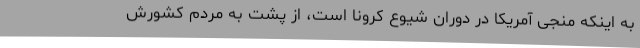
به اینکه منجی آمریکا در دوران شیوع کرونا است، از پشت به مردم کشورش